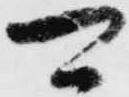
可